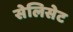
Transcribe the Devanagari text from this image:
सेलिसेट